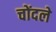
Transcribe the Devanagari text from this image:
चोंदले